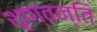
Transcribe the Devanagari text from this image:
शृण्वन्ति